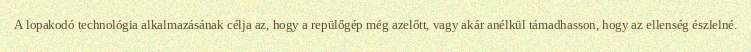
A lopakodó technológia alkalmazásának célja az, hogy a repülőgép még azelőtt, vagy akár anélkül támadhasson, hogy az ellenség észlelné.